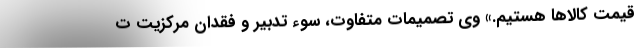
قیمت کالاها هستیم.» وی تصمیمات متفاوت، سوء تدبیر و فقدان مرکزیت ت